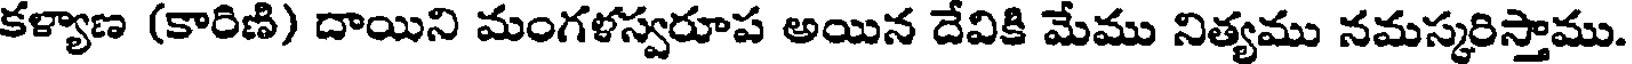
కళ్యాణ (కారిణి) దాయిని మంగళస్వరూప అయిన దేవికి మేము నిత్యము నమస్కరిస్తాము.